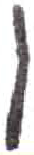
אות: ן